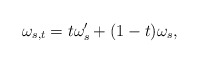
\begin{align*}\omega_{s,t} = t\omega'_{s} + (1-t)\omega_{s},\end{align*}